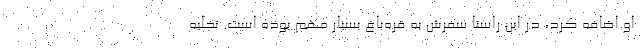
او اضافه کرد، در این راستا سفرش به قره‌باغ بسیار مهم بوده است. تخلیه